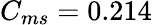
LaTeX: C_{ms}=0.214